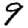
Digit: 9